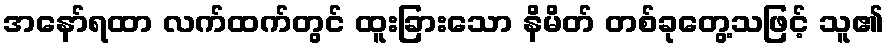
အနော်ရထာ လက်ထက်တွင် ထူးခြားသော နိမိတ် တစ်ခုတွေ့သဖြင့် သူ၏